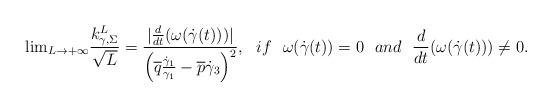
LaTeX: \begin{align*}{\rm lim}_{L\rightarrow +\infty}\frac{k_{\gamma,\Sigma}^{L}}{\sqrt{L}}=\frac{|\frac{d}{dt}(\omega(\dot{\gamma}(t)))|}{\left(\overline{q}\frac{\dot{\gamma}_1}{\gamma_1}-\overline{p}\dot{\gamma}_3\right)^2},~~if ~~\omega(\dot{\gamma}(t))= 0~~and~~\frac{d}{dt}(\omega(\dot{\gamma}(t)))\neq 0.\end{align*}